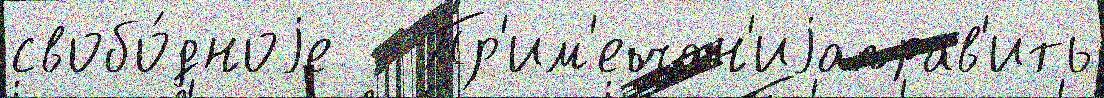
свобо́дноjе   Пр'им'ечан'иjаправ'ить